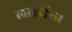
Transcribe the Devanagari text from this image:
लाइसेंस।